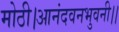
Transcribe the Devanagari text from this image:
मोठी।आनंदवनभुवनी।।